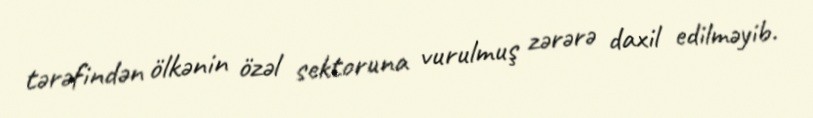
tərəfindən ölkənin özəl sektoruna vurulmuş zərərə daxil edilməyib.